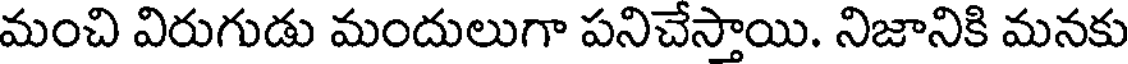
మంచి విరుగుడు మందులుగా పనిచేస్తాయి. నిజానికి మనకు